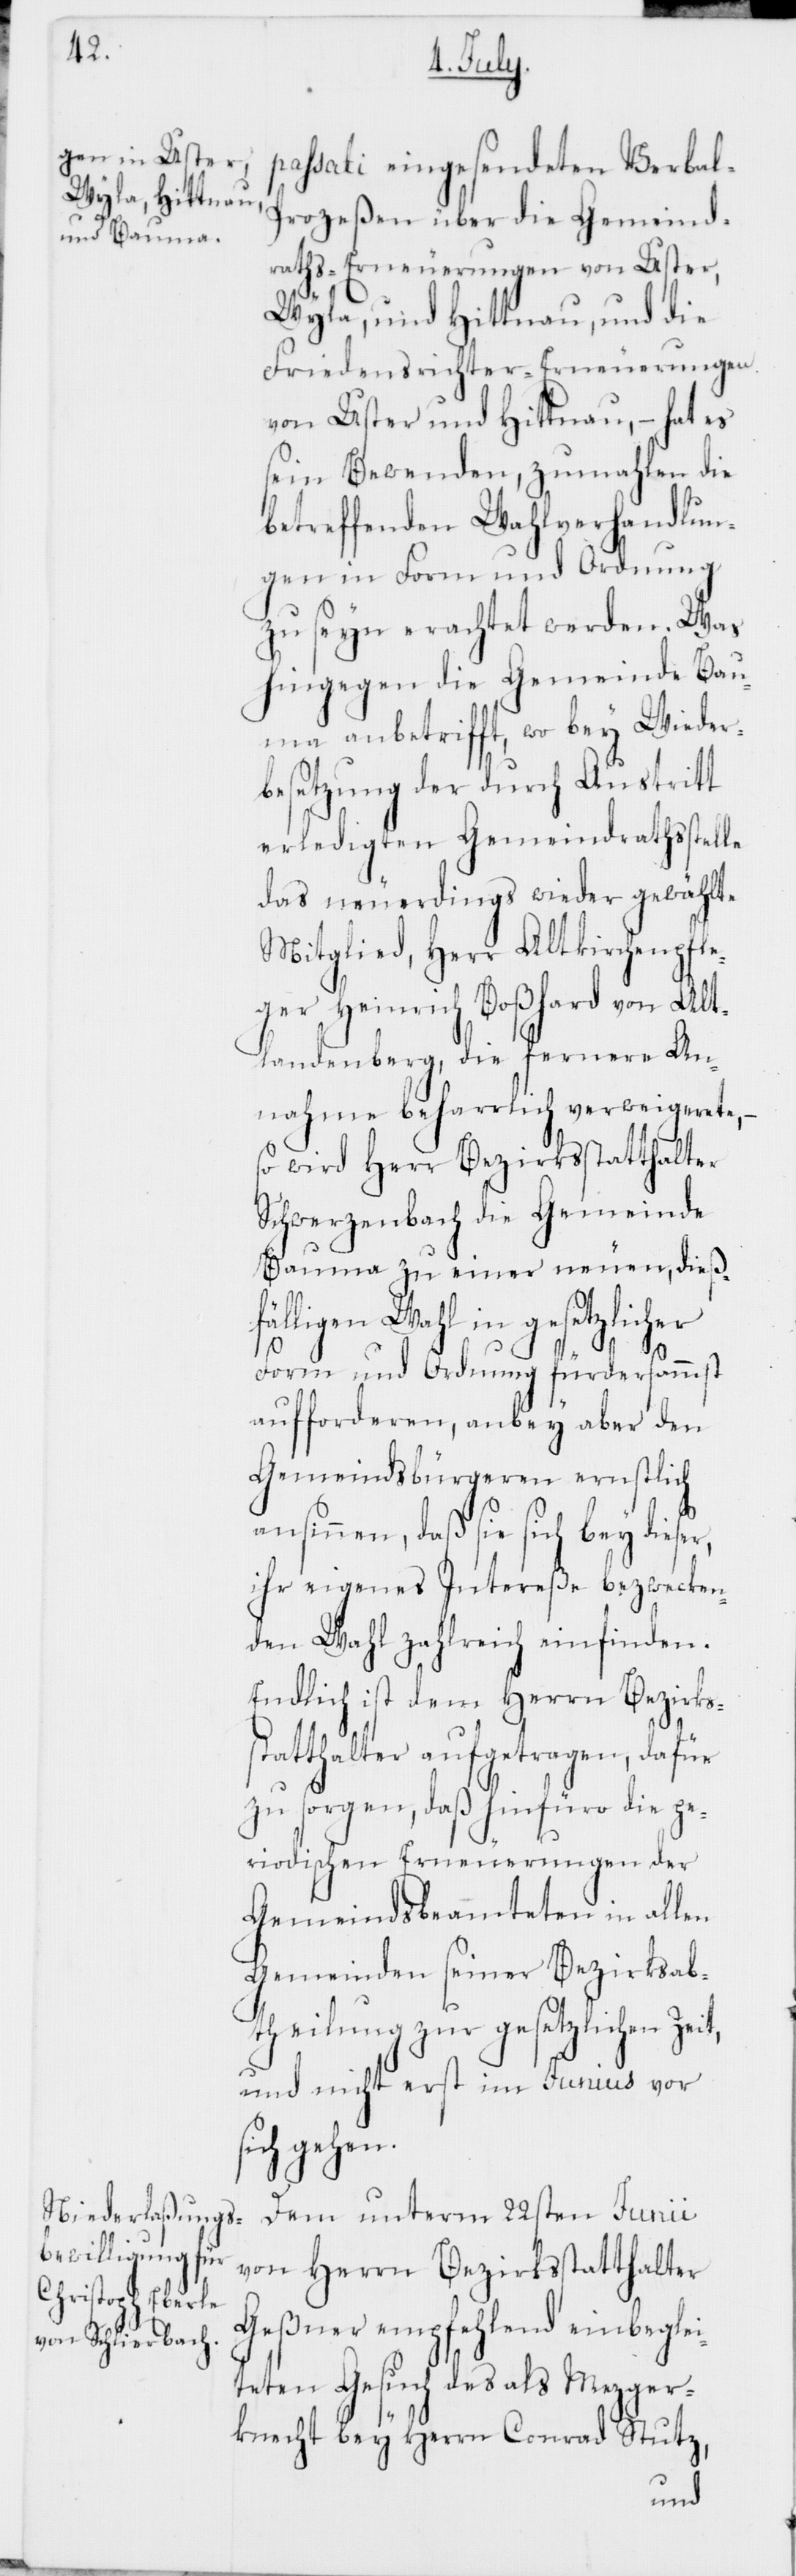
passati eingesendeten Verbal-P¬
rozeßen über die Gemeind¬
raths-Erneuerungen von Uster,
Wyla, und Hittnau, und die
Friedensrichter-Erneuerungen
von Uster und Hittnau, – hat es
sein Bewenden, zumahlen die
betreffenden Wahlverhandlun¬
gen in Form und Ordnung
zu seyn erachtet werden. Was
hingegen die Gemeinde Bau¬
ma anbetrifft, wo bey Wieder¬
besetzung der durch Austritt
erledigten Gemeindrathsstelle
das neuerdings wieder gewählte
Mitglied, Herr Altkirchenpfle¬
ger Heinrich Boßhard von Alt¬
landenberg, die fernere An¬
nahme beharrlich verweigerete, –
so wird Herr Bezirksstatthalter
Schwerzenbach die Gemeinde
Bauma zu einer neuen, dieß¬
fälligen Wahl in gesetzlicher
Form und Ordnung fürdersammst
aufforderen, anbey aber den
Gemeindsbürgeren ernstlich
ansinnen, daß sie sich bey dieser,
ihr eigenes Intereße bezwecken¬
den Wahl zahlreich einfinden.
Endlich ist dem Herrn Bezirks¬
statthalter aufgetragen, dafür
zu sorgen, daß hinfüro die pe¬
riodischen Erneuerungen der
Gemeindsbeamteten in allen
Gemeinden seiner Bezirksab¬
theilung zur gesetzlichen Zeit,
und nicht erst im Junius vor
sich gehen.
Dem unterm 22sten Junii
von Herrn Bezirksstatthalter
Geßner empfehlend einbeglei¬
teten Gesuch des als Mezger¬
knecht bey Herrn Conrad Stutz,